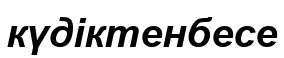
күдіктенбесе